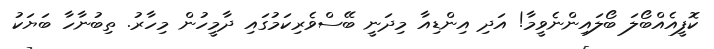
ކޮފީއެއްބޯލަ ބޯލައިންނެވީމާ! އަދި އިންޑިއާ މިދަނީ ބޭސްވެރިކަމުގައި ދާމީހުން މިހާރު. ތިބުނާހާ ބަޔަކު